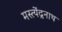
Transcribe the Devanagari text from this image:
मस्त्येंद्रनाथ